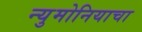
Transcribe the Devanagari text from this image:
न्युमोनियाचा